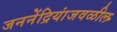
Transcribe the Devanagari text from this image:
जननेंद्रियांजवळील